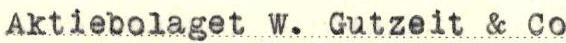
Aktiebolaget W. Gutzeit & Co